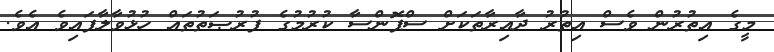
މީގެ އިތުރުން ވެސް އިތުރު ދާއިރާތަކަށް ސްޕޮންސާ ކުރުމުގެ ފުރުޞަތުތައް ހުޅުވާލާފައިވެ އެވެ.